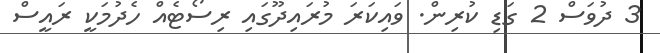
3 ދުވަސް 2 ގަޑި ކުރިން. ވައިކަރަ މުރައިދޫގައި ރިސޯޓެއް ހެދުމަކީ ރައީސް